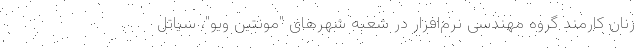
زنان کارمند گروه مهندسی نرم‌افزار در شعبه‌ شهرهای "مونتین ویو"، سیاتل